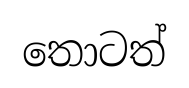
තොටත්